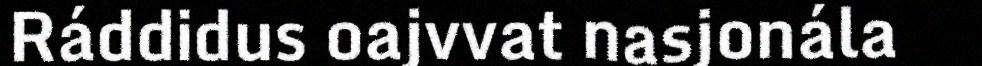
Ráddidus oajvvat nasjonála